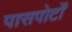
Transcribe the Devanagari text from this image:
पासपोर्टों